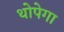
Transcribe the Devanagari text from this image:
थोपेगा